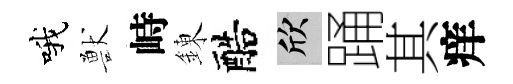
哦獸峙錬醅欣踊其痒